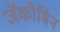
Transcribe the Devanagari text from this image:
जॅकोबिन